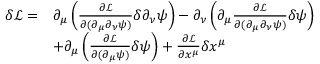
\begin{array} { r l } { \delta \mathcal L = } & { \partial _ { \mu } \left( \frac { \partial \mathcal L } { \partial ( \partial _ { \mu } \partial _ { \nu } \psi ) } \delta \partial _ { \nu } \psi \right) - \partial _ { \nu } \left( \partial _ { \mu } \frac { \partial \mathcal L } { \partial ( \partial _ { \mu } \partial _ { \nu } \psi ) } \delta \psi \right) } \\ & { + \partial _ { \mu } \left( \frac { \partial \mathcal { L } } { \partial ( \partial _ { \mu } \psi ) } \delta \psi \right) + \frac { \partial \mathcal L } { \partial x ^ { \mu } } \delta x ^ { \mu } } \end{array}